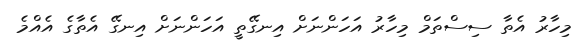
މިހާރު އެތާ ސިސްތަމް މިހާރު އަހަންނަށް އިނގޭތީ އަހަންނަށް އިނގޭ އެތާގެ އެއްމެ